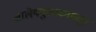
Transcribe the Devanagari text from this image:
शालेयपुस्तकांमधून